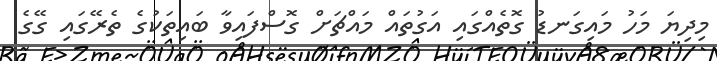
މިދިޔަ މަހު މައިގަނޑު ގޮތެއްގައި އަގުތައް މައްޗަށް ގޮސްފައިވާ ބައިތަކުގެ ތެރޭގައި ގޭގެ